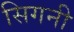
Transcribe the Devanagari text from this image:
सिगनी